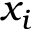
x _ { i }